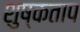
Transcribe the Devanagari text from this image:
शुष्कताप